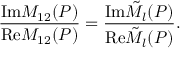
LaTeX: \frac { \mathrm { { I m } } M _ { 1 2 } ( P ) } { { \mathrm { R e } } M _ { 1 2 } ( P ) } = \frac { \mathrm { { I m } } { \tilde { \cal M } } _ { l } ( P ) } { { \mathrm { R e } } { \tilde { \cal M } } _ { l } ( P ) } .